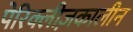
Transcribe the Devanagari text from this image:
पेरिक्लीज़कालीन